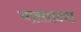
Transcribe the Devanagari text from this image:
यासाख्या